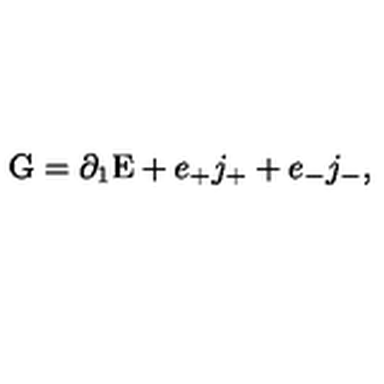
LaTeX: \mathrm { G } = \partial _ { 1 } \mathrm { E } + e _ { + } j _ { + } + e _ { - } j _ { - } ,